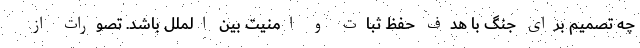
چه تصمیم برای جنگ با هدف حفظ ثبات و امنیت بین الملل باشد. تصورات از